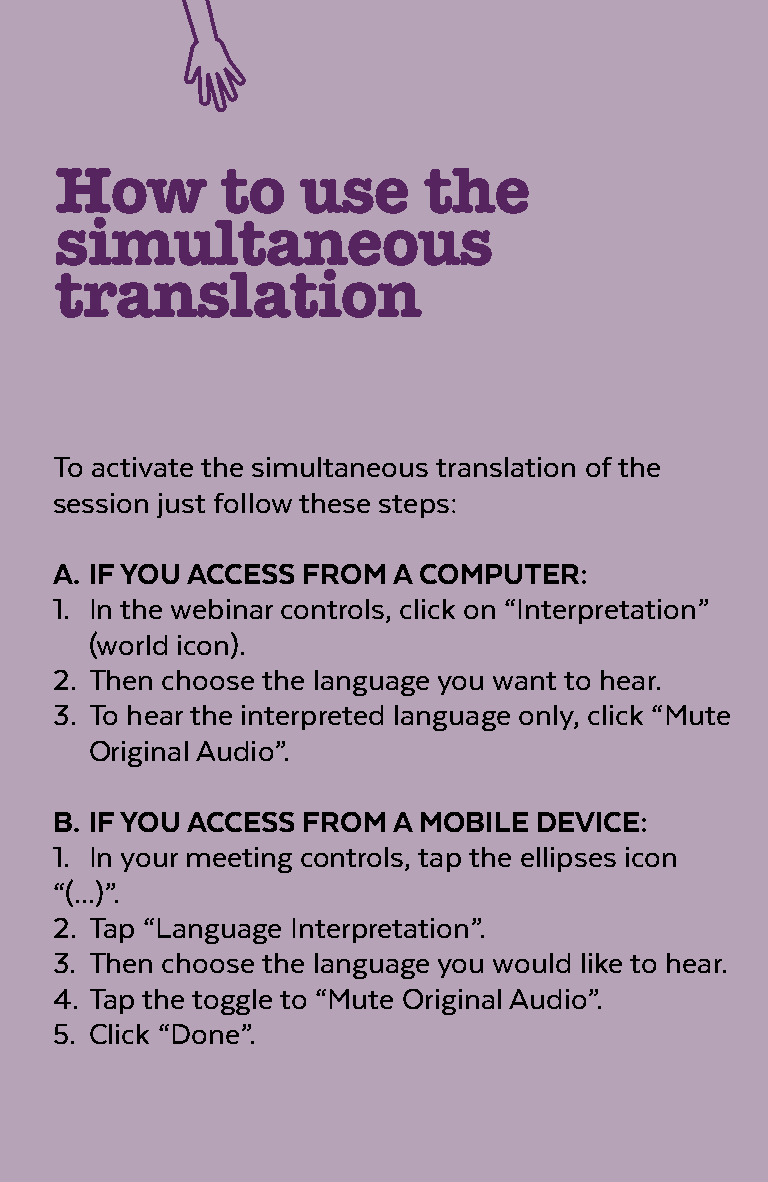
how        to   use     the
 simultaneous
 translation
 To activate the simultaneous translation of the
 session just follow these steps:
 a. if you acceSS from a comPuter:
 1. In the webinar controls, click on “Interpretation”
 (world icon).
 2. Then choose the language you want to hear.
 3. To hear the interpreted language only, click “Mute
 Original Audio”.
 b. if you acceSS from a mobile DeVice:
 1. In your meeting controls, tap the ellipses icon
 “(...)”.
 2. Tap “Language Interpretation”.
 3. Then choose the language you would like to hear.
 4. Tap the toggle to “Mute Original Audio”.
 5. Click “Done”.